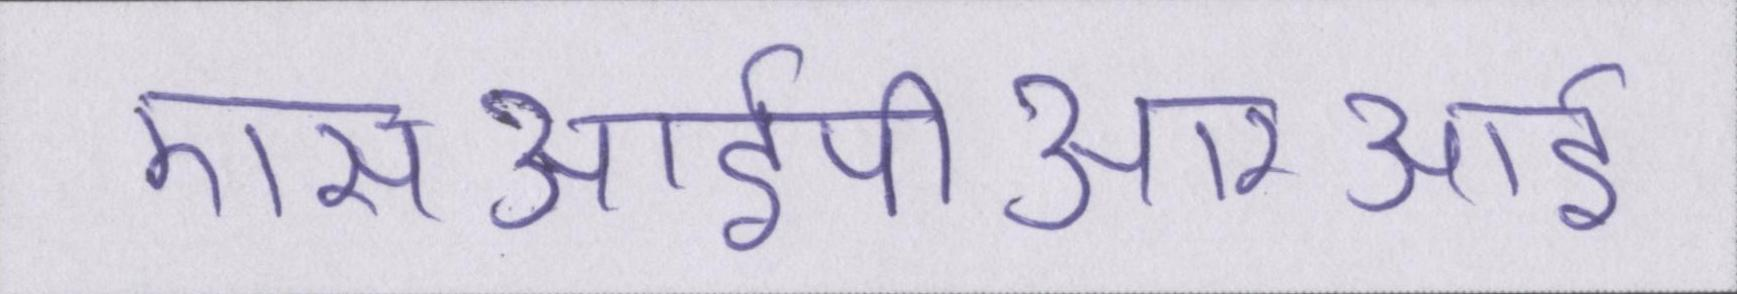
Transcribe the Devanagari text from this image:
एसआईपीआरआई